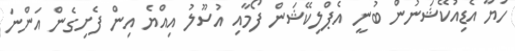
ހަޔާ އެޑިއުކޭޝަނުން ބުނީ އެޕްލިކޭޝަން ފޯމާއި އުސޫލު އިއްޔެ އިން ފެށިގެން އަންނަ